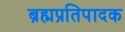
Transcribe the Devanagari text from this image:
ब्रह्मप्रतिपादक